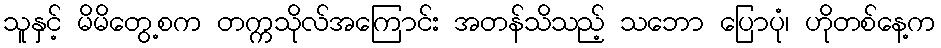
သူနှင့် မိမိတွေ့စက တက္ကသိုလ်အကြောင်း အတန်သိသည့် သဘော ပြောပုံ၊ ဟိုတစ်နေ့က